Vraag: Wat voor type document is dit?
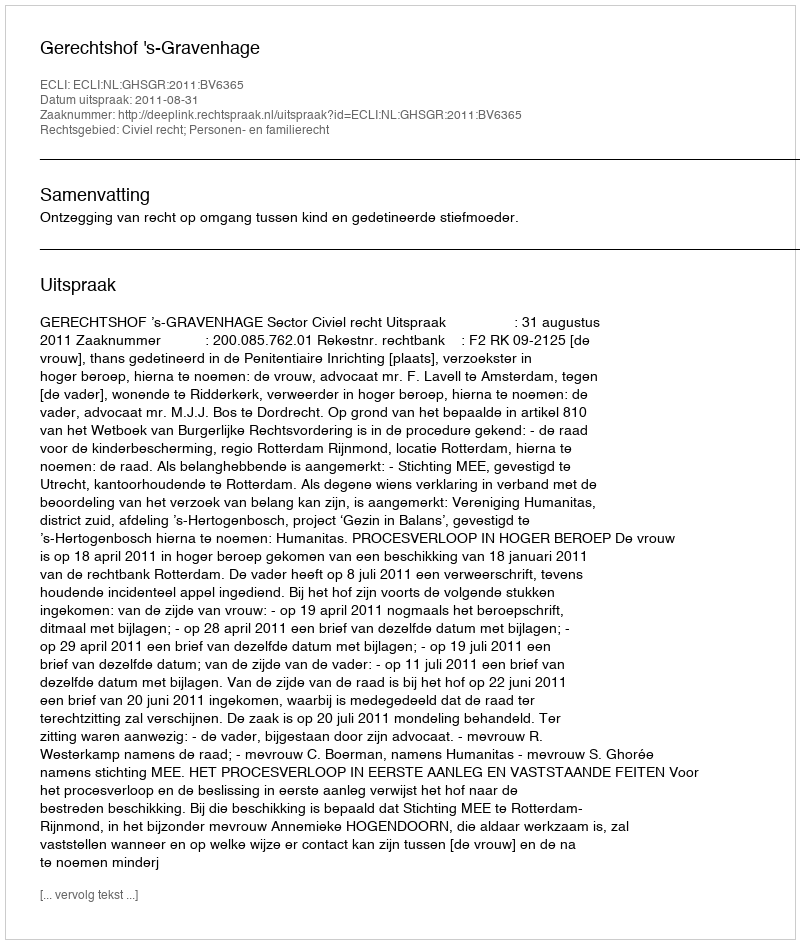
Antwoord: Uitspraak